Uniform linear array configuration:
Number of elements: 32
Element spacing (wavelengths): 0.25
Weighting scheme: kaiser
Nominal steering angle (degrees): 45
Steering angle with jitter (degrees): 46.863
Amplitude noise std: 0.05
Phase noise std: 0.05

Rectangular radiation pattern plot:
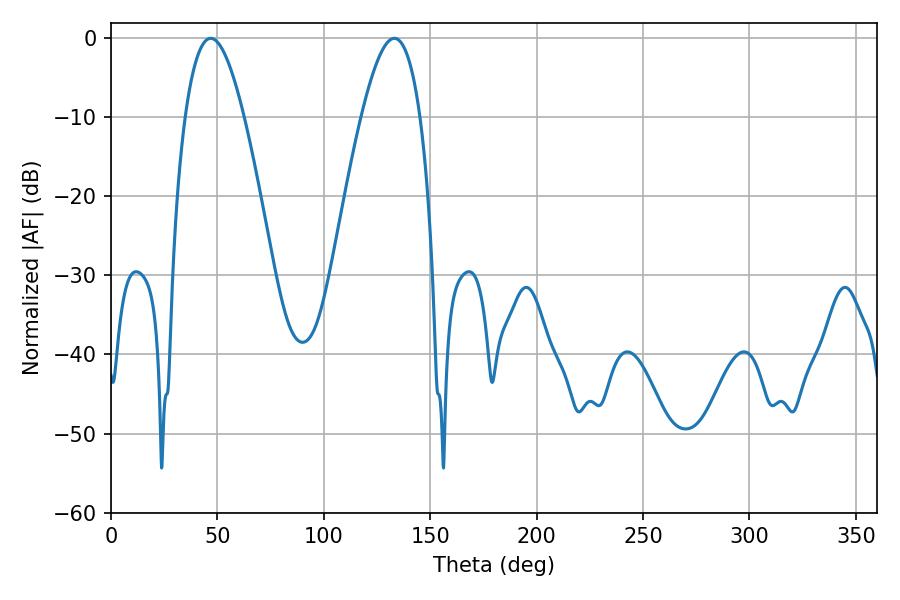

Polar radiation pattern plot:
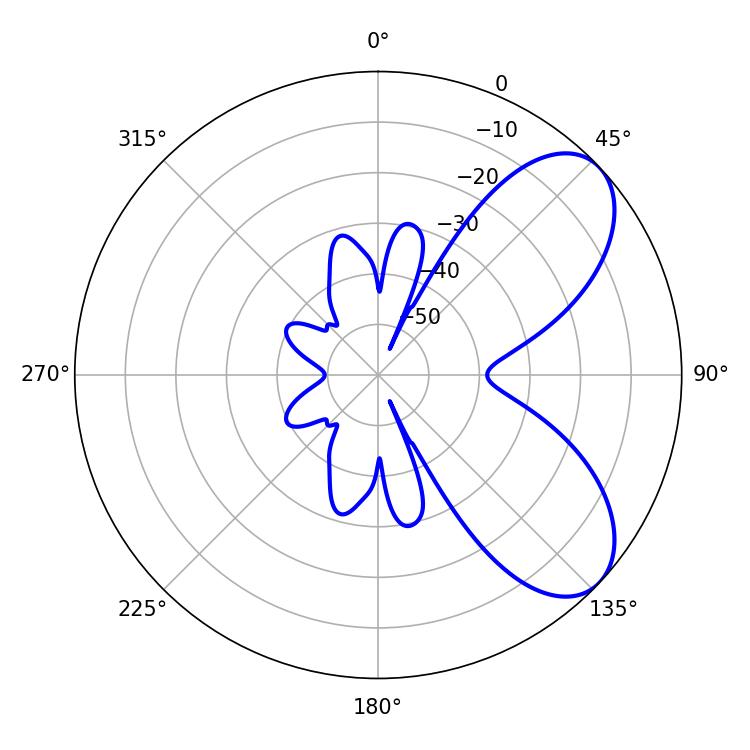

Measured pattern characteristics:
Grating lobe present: FALSE
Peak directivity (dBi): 6.787
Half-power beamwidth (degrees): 15.12
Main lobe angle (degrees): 46.8